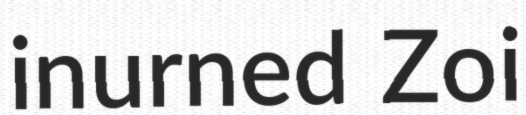
inurned Zoi